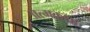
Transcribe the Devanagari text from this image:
अत्मकथा